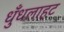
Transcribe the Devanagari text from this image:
धुँधलाहट